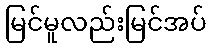
မြင်မူလည်းမြင်အပ်